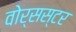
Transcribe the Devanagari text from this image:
वोर्सस्टर